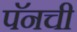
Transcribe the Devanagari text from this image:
पॅनची